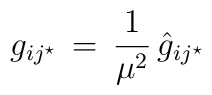
g_{ij^\star} \, = \, {1\over{\mu^2}} \, {\hat g}_{ij^\star}